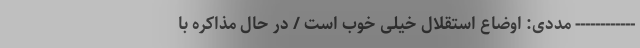
------------ مددی: اوضاع استقلال خیلی خوب است / در حال مذاکره با